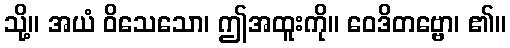
သို့။ အယံ ဝိသေသော၊ ဤအထူးကို။ ဝေဒိတဗ္ဗော၊ ၏။